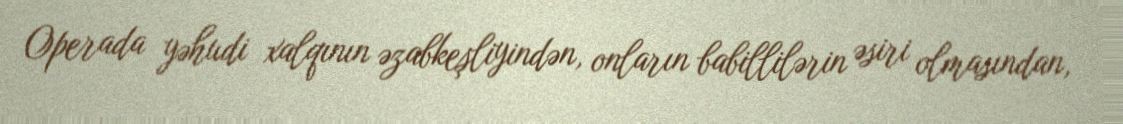
Operada yəhudi xalqının əzabkeşliyindən, onların babillilərin əsiri olmasından,